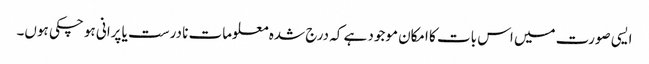
ایسی صورت میں اس بات کا امکان موجود ہے کہ درج شدہ معلومات نا درست یا پرانی ہو چکی ہوں۔